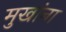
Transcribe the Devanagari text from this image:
मुखांना